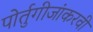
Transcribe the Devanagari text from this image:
पोर्तुगीजांकरवी